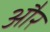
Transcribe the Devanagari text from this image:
और